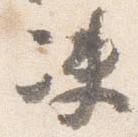
決